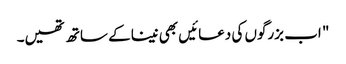
" اب بزرگوں کی دعائیں بھی نینا کے ساتھ تھیں۔